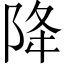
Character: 降